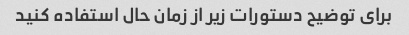
برای توضیح دستورات زیر از زمان حال استفاده کنید